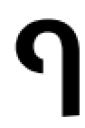
ף